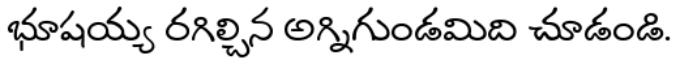
భూషయ్య రగిల్చిన అగ్నిగుండమిది చూడండి.